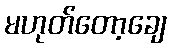
မဟုတ်တော့ချေ